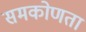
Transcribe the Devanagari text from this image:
समकोणता